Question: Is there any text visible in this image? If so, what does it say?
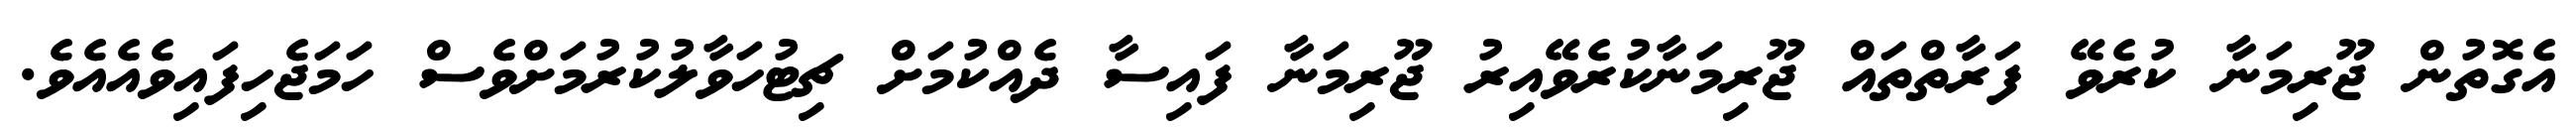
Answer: އެގޮތުން ޖޫރިމަނާ ކުރެވޭ ފަރާތްތައް ޖޫރިމަނާކުރެވޭއިރު ޖޫރިމަނާ ފައިސާ ދެއްކުމަށް ޗިޓުހަވާލުކުރުމަށްވެސް ހަމަޖެހިފައިވެއެއެވެ.